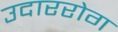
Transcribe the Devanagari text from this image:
उदाररोग